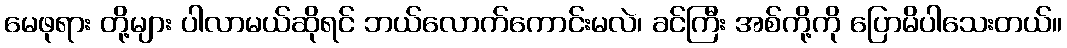
မေဖုရား တို့များ ပါလာမယ်ဆိုရင် ဘယ်လောက်ကောင်းမလဲ၊ ခင်ကြီး အစ်ကို့ကို ပြောမိပါသေးတယ်။